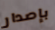
بإصدار